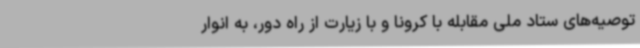
توصیه‌های ستاد ملی مقابله با کرونا و با زیارت از راه دور، به انوار